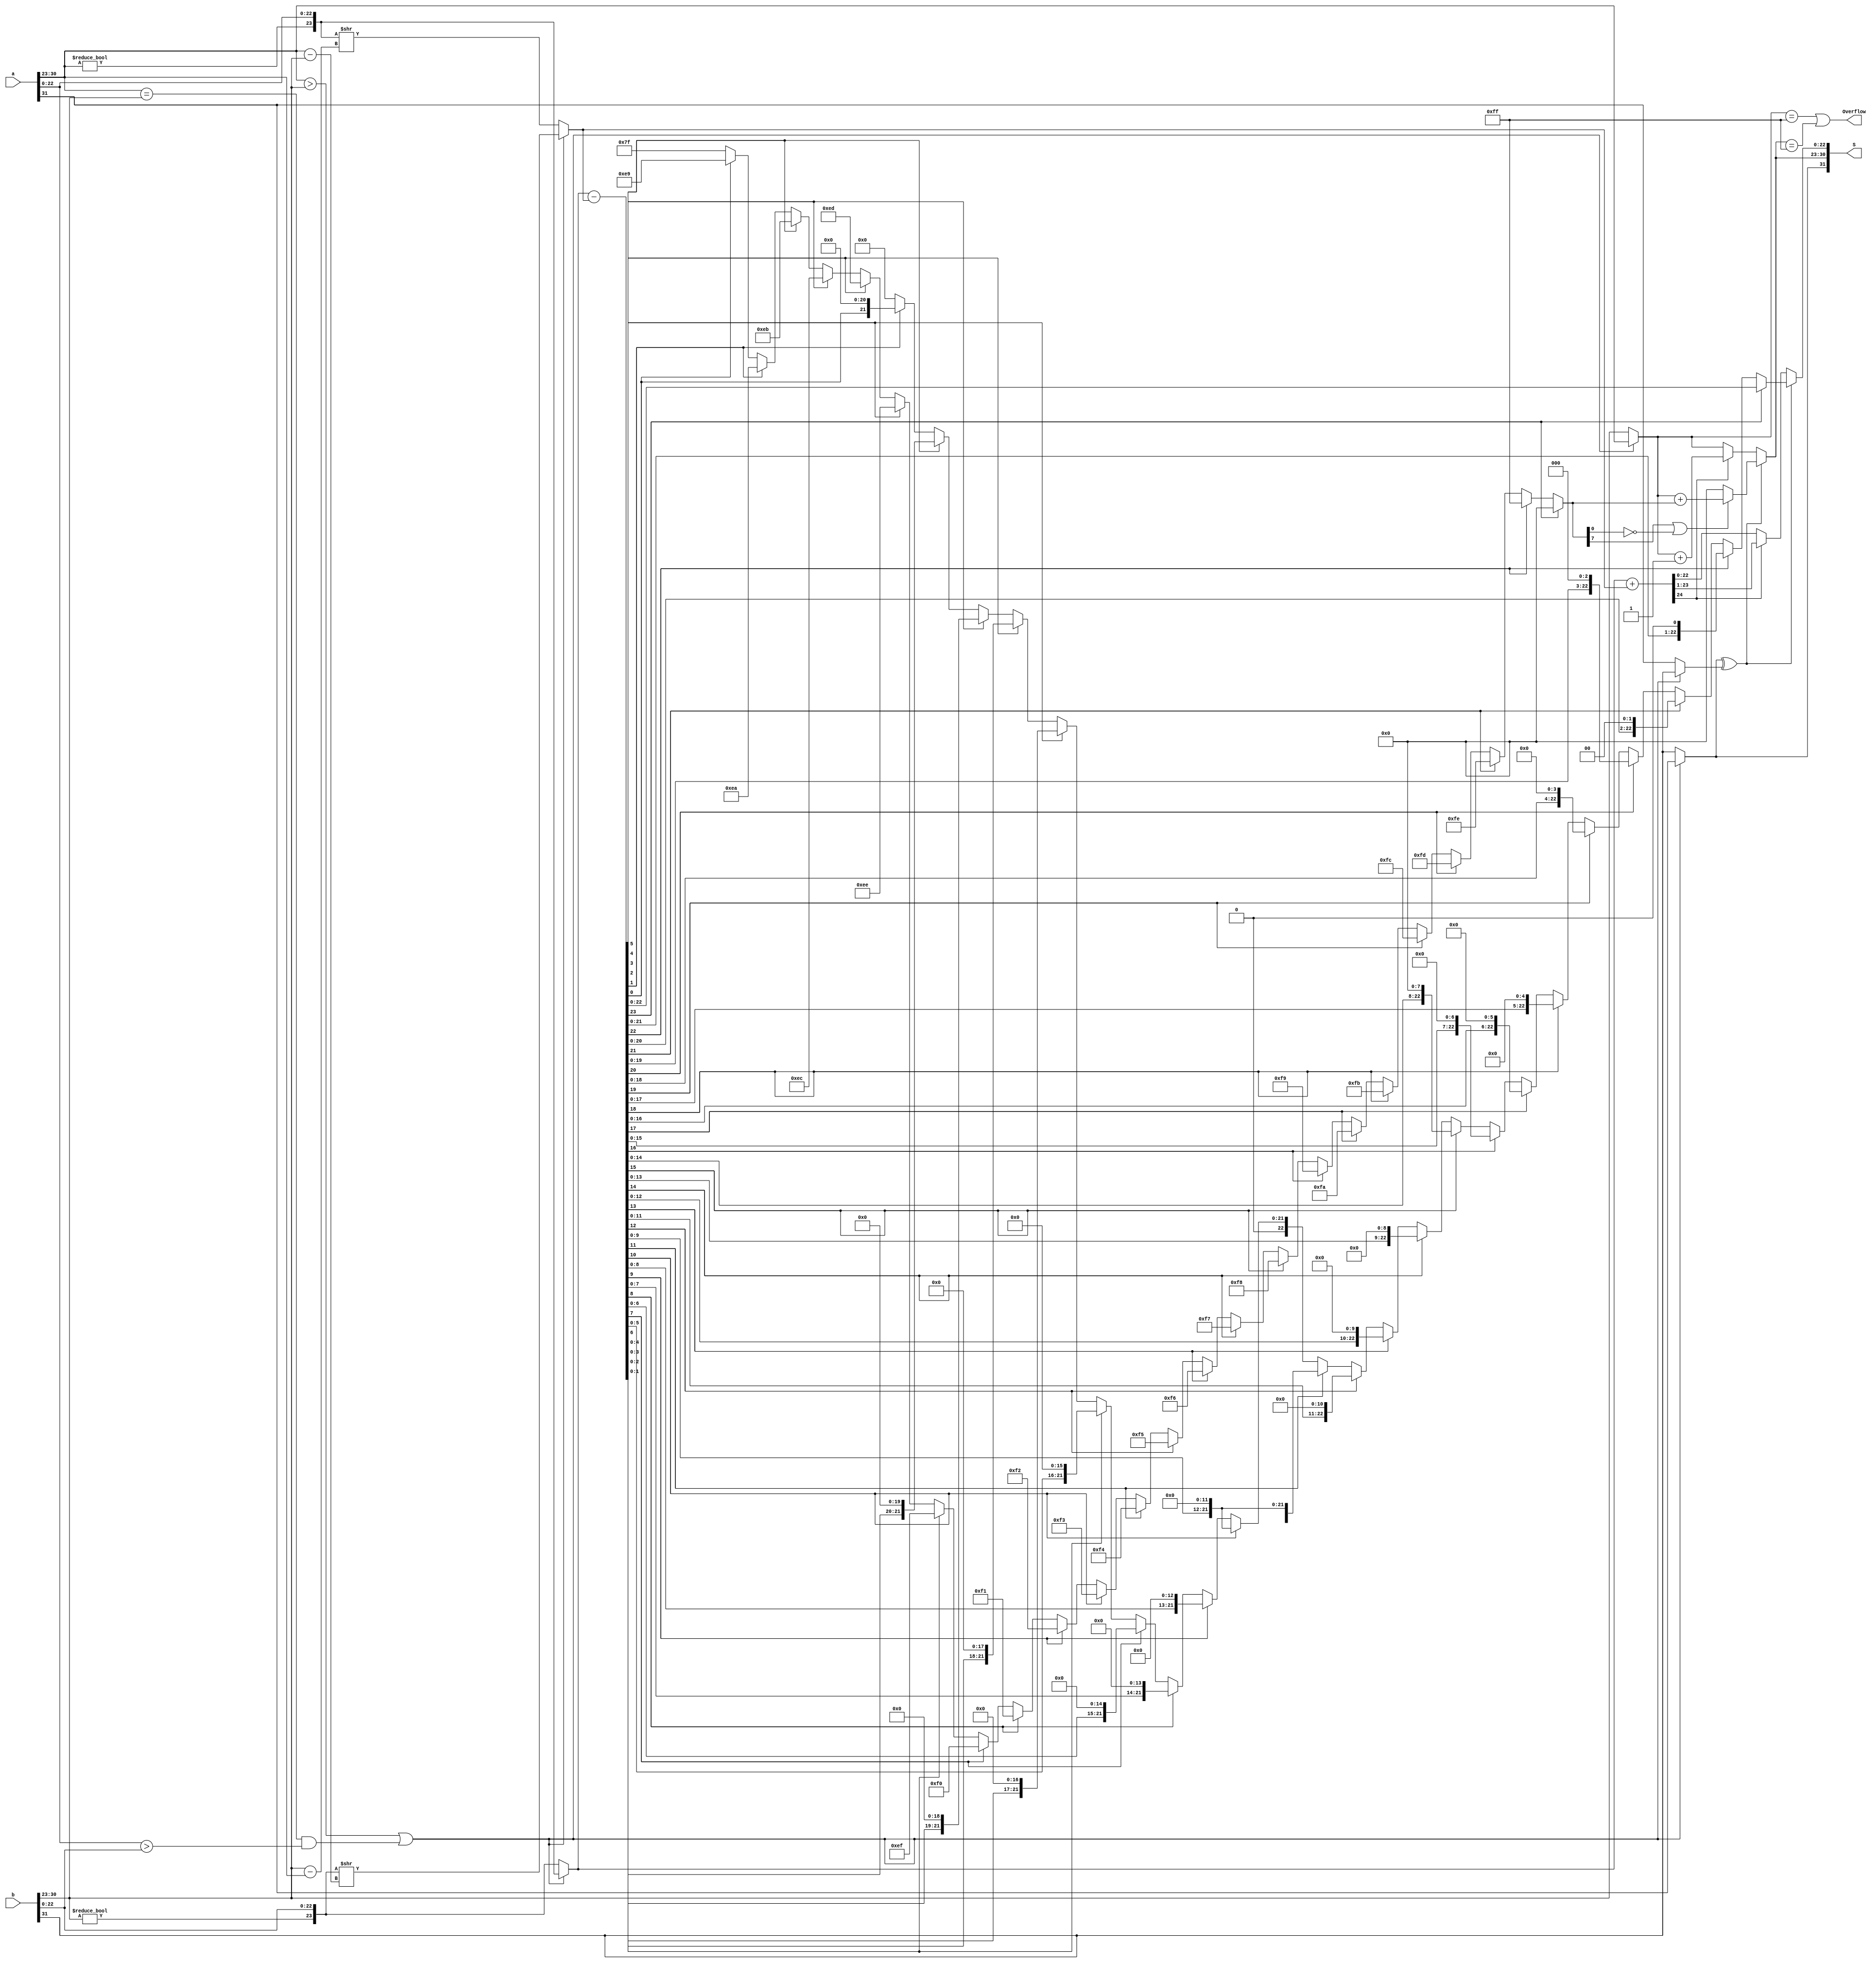
module FP32Adder2(
    input wire [31:0] a, //a = {sign_bit} {exp} {mantissa}
	input wire [31:0] b, //b = {sign_bit} {exp} {mantissa}
    output wire [31:0]S, //S = {sign_bit} {exp} {mantissa}
    output wire Overflow
);

    wire a_sign;
    wire b_sign;
    wire [7:0] a_exp;
    wire [7:0] b_exp;
    wire [22:0] a_mantissa;
    wire [22:0] b_mantissa;

    wire [22:0] zeros;
    assign zeros = 23'b00000000000000000000000;

    assign a_sign = a[31];
    assign b_sign = b[31];
    assign a_exp  = a[30:23];
    assign b_exp  = b[30:23];
    assign a_mantissa = a[22:0];
    assign b_mantissa = b[22:0];

    wire [23:0] l_mantissa;
    wire [23:0] s_mantissa;
    wire [7:0] c_exp;
    wire l_sign;
    wire s_sign;

    wire cmp;
    assign cmp = (a_exp > b_exp || (a_exp == b_exp && a_mantissa > b_mantissa));

    assign l_mantissa = cmp ? { a_exp != 8'b00000000 , a_mantissa} :
                              { b_exp != 8'b00000000 , b_mantissa};

    assign s_mantissa = cmp ? { b_exp != 8'b00000000 , b_mantissa} >> (a_exp - b_exp) : 
                              { a_exp != 8'b00000000 , a_mantissa} >> (b_exp - a_exp);
    assign c_exp  = cmp ? a_exp : b_exp;
    assign l_sign = cmp ? a_sign : b_sign;
    assign s_sign = cmp ? b_sign : a_sign;

    wire equs;
    assign equs = l_sign ^ s_sign;

    wire [24:0] sum_man; assign sum_man = l_mantissa + s_mantissa;
    wire [22:0] ss_m;
    wire [7:0] ss_exp;
    assign ss_m   = sum_man[24] ? sum_man[23:1] : sum_man[22:0];
    assign ss_exp = sum_man[24] ? c_exp + 1 : c_exp;

    wire [24:0] sum_dif; assign sum_dif = l_mantissa - s_mantissa;
    wire [22:0] ds_m;
    wire [7:0] ds_exp_offset;

    assign ds_m = sum_dif[23] ?  sum_dif[22:0] :
                  sum_dif[22] ? {sum_dif[21:0],zeros[0   ]} :
                  sum_dif[21] ? {sum_dif[20:0],zeros[1:0 ]} :
                  sum_dif[20] ? {sum_dif[19:0],zeros[2:0 ]} :
                  sum_dif[19] ? {sum_dif[18:0],zeros[3:0 ]} :
                  sum_dif[18] ? {sum_dif[17:0],zeros[4:0 ]} :
                  sum_dif[17] ? {sum_dif[16:0],zeros[5:0 ]} :
                  sum_dif[16] ? {sum_dif[15:0],zeros[6:0 ]} :
                  sum_dif[15] ? {sum_dif[14:0],zeros[7:0 ]} :
                  sum_dif[14] ? {sum_dif[13:0],zeros[8:0 ]} :
                  sum_dif[13] ? {sum_dif[12:0],zeros[9:0 ]} :
                  sum_dif[12] ? {sum_dif[11:0],zeros[10:0]} :
                  sum_dif[11] ? {sum_dif[10:0],zeros[11:0]} :
                  sum_dif[10] ? {sum_dif[9:0 ],zeros[11:0]} :
                  sum_dif[9]  ? {sum_dif[8:0 ],zeros[12:0]} :
                  sum_dif[8]  ? {sum_dif[7:0 ],zeros[13:0]} :
                  sum_dif[7]  ? {sum_dif[6:0 ],zeros[14:0]} :
                  sum_dif[6]  ? {sum_dif[5:0 ],zeros[15:0]} :
                  sum_dif[5]  ? {sum_dif[4:0 ],zeros[16:0]} :
                  sum_dif[4]  ? {sum_dif[3:0 ],zeros[17:0]} :
                  sum_dif[3]  ? {sum_dif[2:0 ],zeros[18:0]} :
                  sum_dif[2]  ? {sum_dif[1:0 ],zeros[19:0]} :
                  sum_dif[1]  ? {sum_dif[0   ],zeros[20:0]} :
                  sum_dif[0]  ? zeros[22:0] : zeros[22:0];

    assign ds_exp_offset = 
                  sum_dif[23] ? 8'b00000000 : // -0
                  sum_dif[22] ? 8'b11111111 : // -1
                  sum_dif[21] ? 8'b11111110 : // -2
                  sum_dif[20] ? 8'b11111101 : // -3
                  sum_dif[19] ? 8'b11111100 : // -4
                  sum_dif[18] ? 8'b11111011 : // -5
                  sum_dif[17] ? 8'b11111010 : // -6
                  sum_dif[16] ? 8'b11111001 : // -7
                  sum_dif[15] ? 8'b11111000 : // -8
                  sum_dif[14] ? 8'b11110111 : // -9
                  sum_dif[13] ? 8'b11110110 : // -10 
                  sum_dif[12] ? 8'b11110101 : // -11
                  sum_dif[11] ? 8'b11110100 : // -12
                  sum_dif[10] ? 8'b11110011 : // -13
                  sum_dif[9]  ? 8'b11110010 : // -14
                  sum_dif[8]  ? 8'b11110001 : // -15
                  sum_dif[7]  ? 8'b11110000 : // -16
                  sum_dif[6]  ? 8'b11101111 : // -17
                  sum_dif[5]  ? 8'b11101110 : // -18
                  sum_dif[4]  ? 8'b11101101 : // -19
                  sum_dif[3]  ? 8'b11101100 : // -20
                  sum_dif[2]  ? 8'b11101011 : // -21
                  sum_dif[1]  ? 8'b11101010 : // -22
                  sum_dif[0]  ? 8'b11101001 : // -23
                        8'b01111111; 

    wire [7:0] ds_exp;
    assign ds_exp = ds_exp_offset[7] | (!ds_exp_offset[0]) ? c_exp + ds_exp_offset : 8'b00000000;

    assign S[31]    = l_sign;
    assign S[30:23] = equs ? ds_exp : ss_exp;
    assign S[22:0]  = equs ? ds_m   : ss_m  ;

    assign Overflow = c_exp == 8'b11111111 || S[30:23] == 8'b11111111;

endmodule